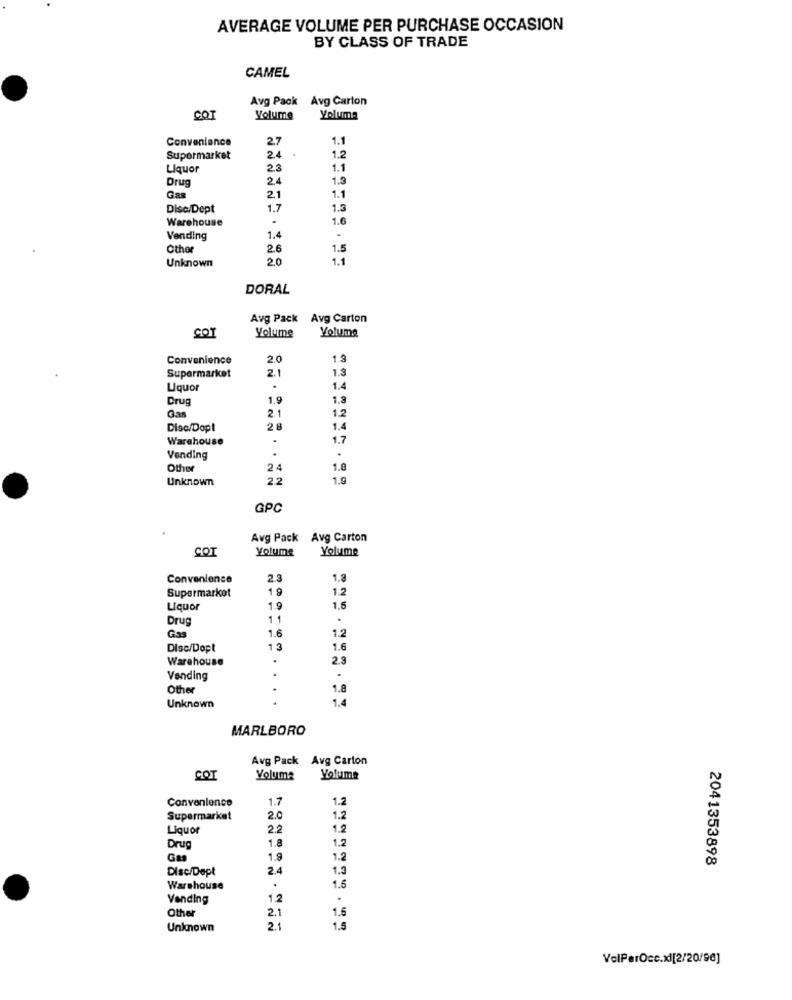
AVERAGE VOLUME PER PURCHASE OCCASION
BY CLASS OF TRADE
CAMEL
Avg Pack Avg Carton
COT
Volume
Yoluma
Convenience
2,7
1.1
Supermarket
24
1.2
Liquor
23
1.1
Drug
24
1.3
1.1
Gas
2.1
Disc/Dept
1.7
1.3
Warehouse
1.6
Vending
1.4
Other
2.6
1.5
Unknown
2.0
1.1
DORAL
Avg Pack Avg Carton
Yoluma
COT
Volume
Convenience
2.0
1.3
2.1
1.3
Supermarket
Liquor
.
1.4
Drug
1.9
1.8
Gan
2.1
1.2
Disc/Dopt
28
1.4
Warehouse
.
1.7
.
.
Vending
Other
24
1.0
Unknown
22
1.9
GPC
Avg Pack Avg Carton
COT
Yolume
Yolume
Convenience
2.3
Supermarket
19
1.2
Liquor
1.9
1.5
Drug
11
1.6
1.2
Gas
Disc/Dopt
13
1.6
Warehouse
.
2.3
Vending
Other
1.8
1.4
Unknown
MARLBORO
Avg Pack Avg Carton
COT
Volume
Yolume
Convenience
1.7
1.2
Supermarket
2.0
1.2
Liquor
2.2
1.8
1.2
Drug
1.9
1.2
2041353898
Disc/Dept
2.4
1.3
Warehouse
1.6
Vending
1.2
Other
2.1
1.6
Unknown
2.1
1.5
VolPerOcc.xl[2/20/96]